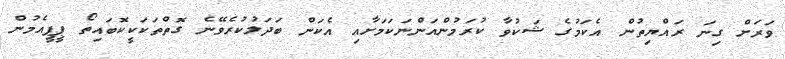
ވަރަށް ގިނަ ރައްޔިތުން އެކަމުގެ ޝަކުވާ ކުރަމުންއަންނަކަމަށާއި އެކަން ބަދަލުކުރެވޭނެ ގޮތްތަކަކީކޮބައިތޯ ޕީޕީއެމުން